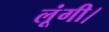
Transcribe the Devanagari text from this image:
लूंगी।